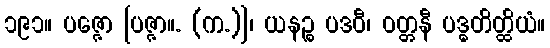
၁၉၁။ ပဇ္ဇော [ပဇ္ဇာ။. (က.)]၊ ယနဉ္စ ပဒဝီ၊ ဝတ္တနီ ပဒ္ဓတိတ္ထိယံ။